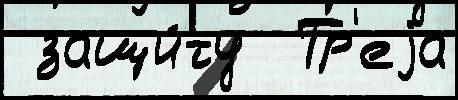
 защи́ту  Тр'еjа